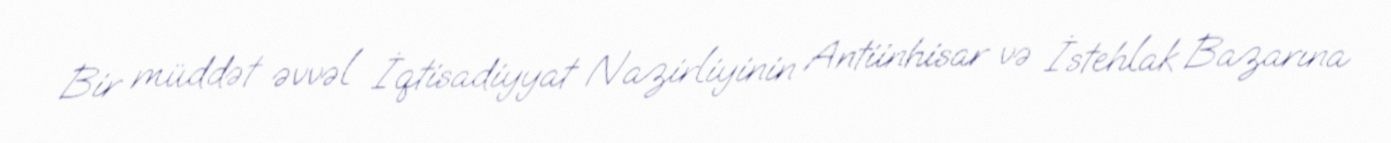
Bir müddət əvvəl İqtisadiyyat Nazirliyinin Antiinhisar və İstehlak Bazarına